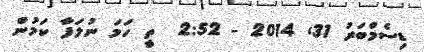
ޑިސެމްބަރު 31